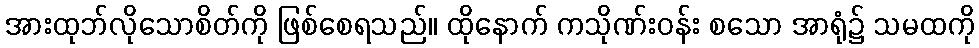
အားထုဘ်လိုသောစိတ်ကို ဖြစ်စေရသည်။ ထိုနောက် ကသိုဏ်းဝန်း စသော အာရုံ၌ သမထကို